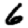
Digit: 6